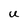
Character: U